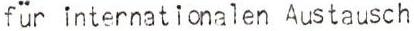
für internationalen Austausch